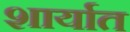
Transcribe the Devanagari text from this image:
शार्यात